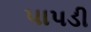
પાપડી